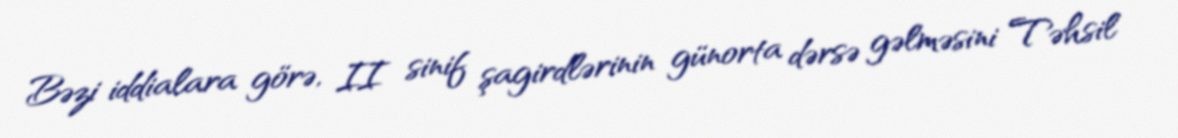
Bəzi iddialara görə, II sinif şagirdlərinin günorta dərsə gəlməsini Təhsil